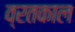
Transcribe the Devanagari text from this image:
व्रतकाल